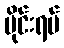
ဗိုင်းရပ်